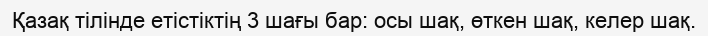
Қазақ тілінде етістіктің 3 шағы бар: осы шақ, өткен шақ, келер шақ.